Jarvakandi_vallavalitsus, lk 50
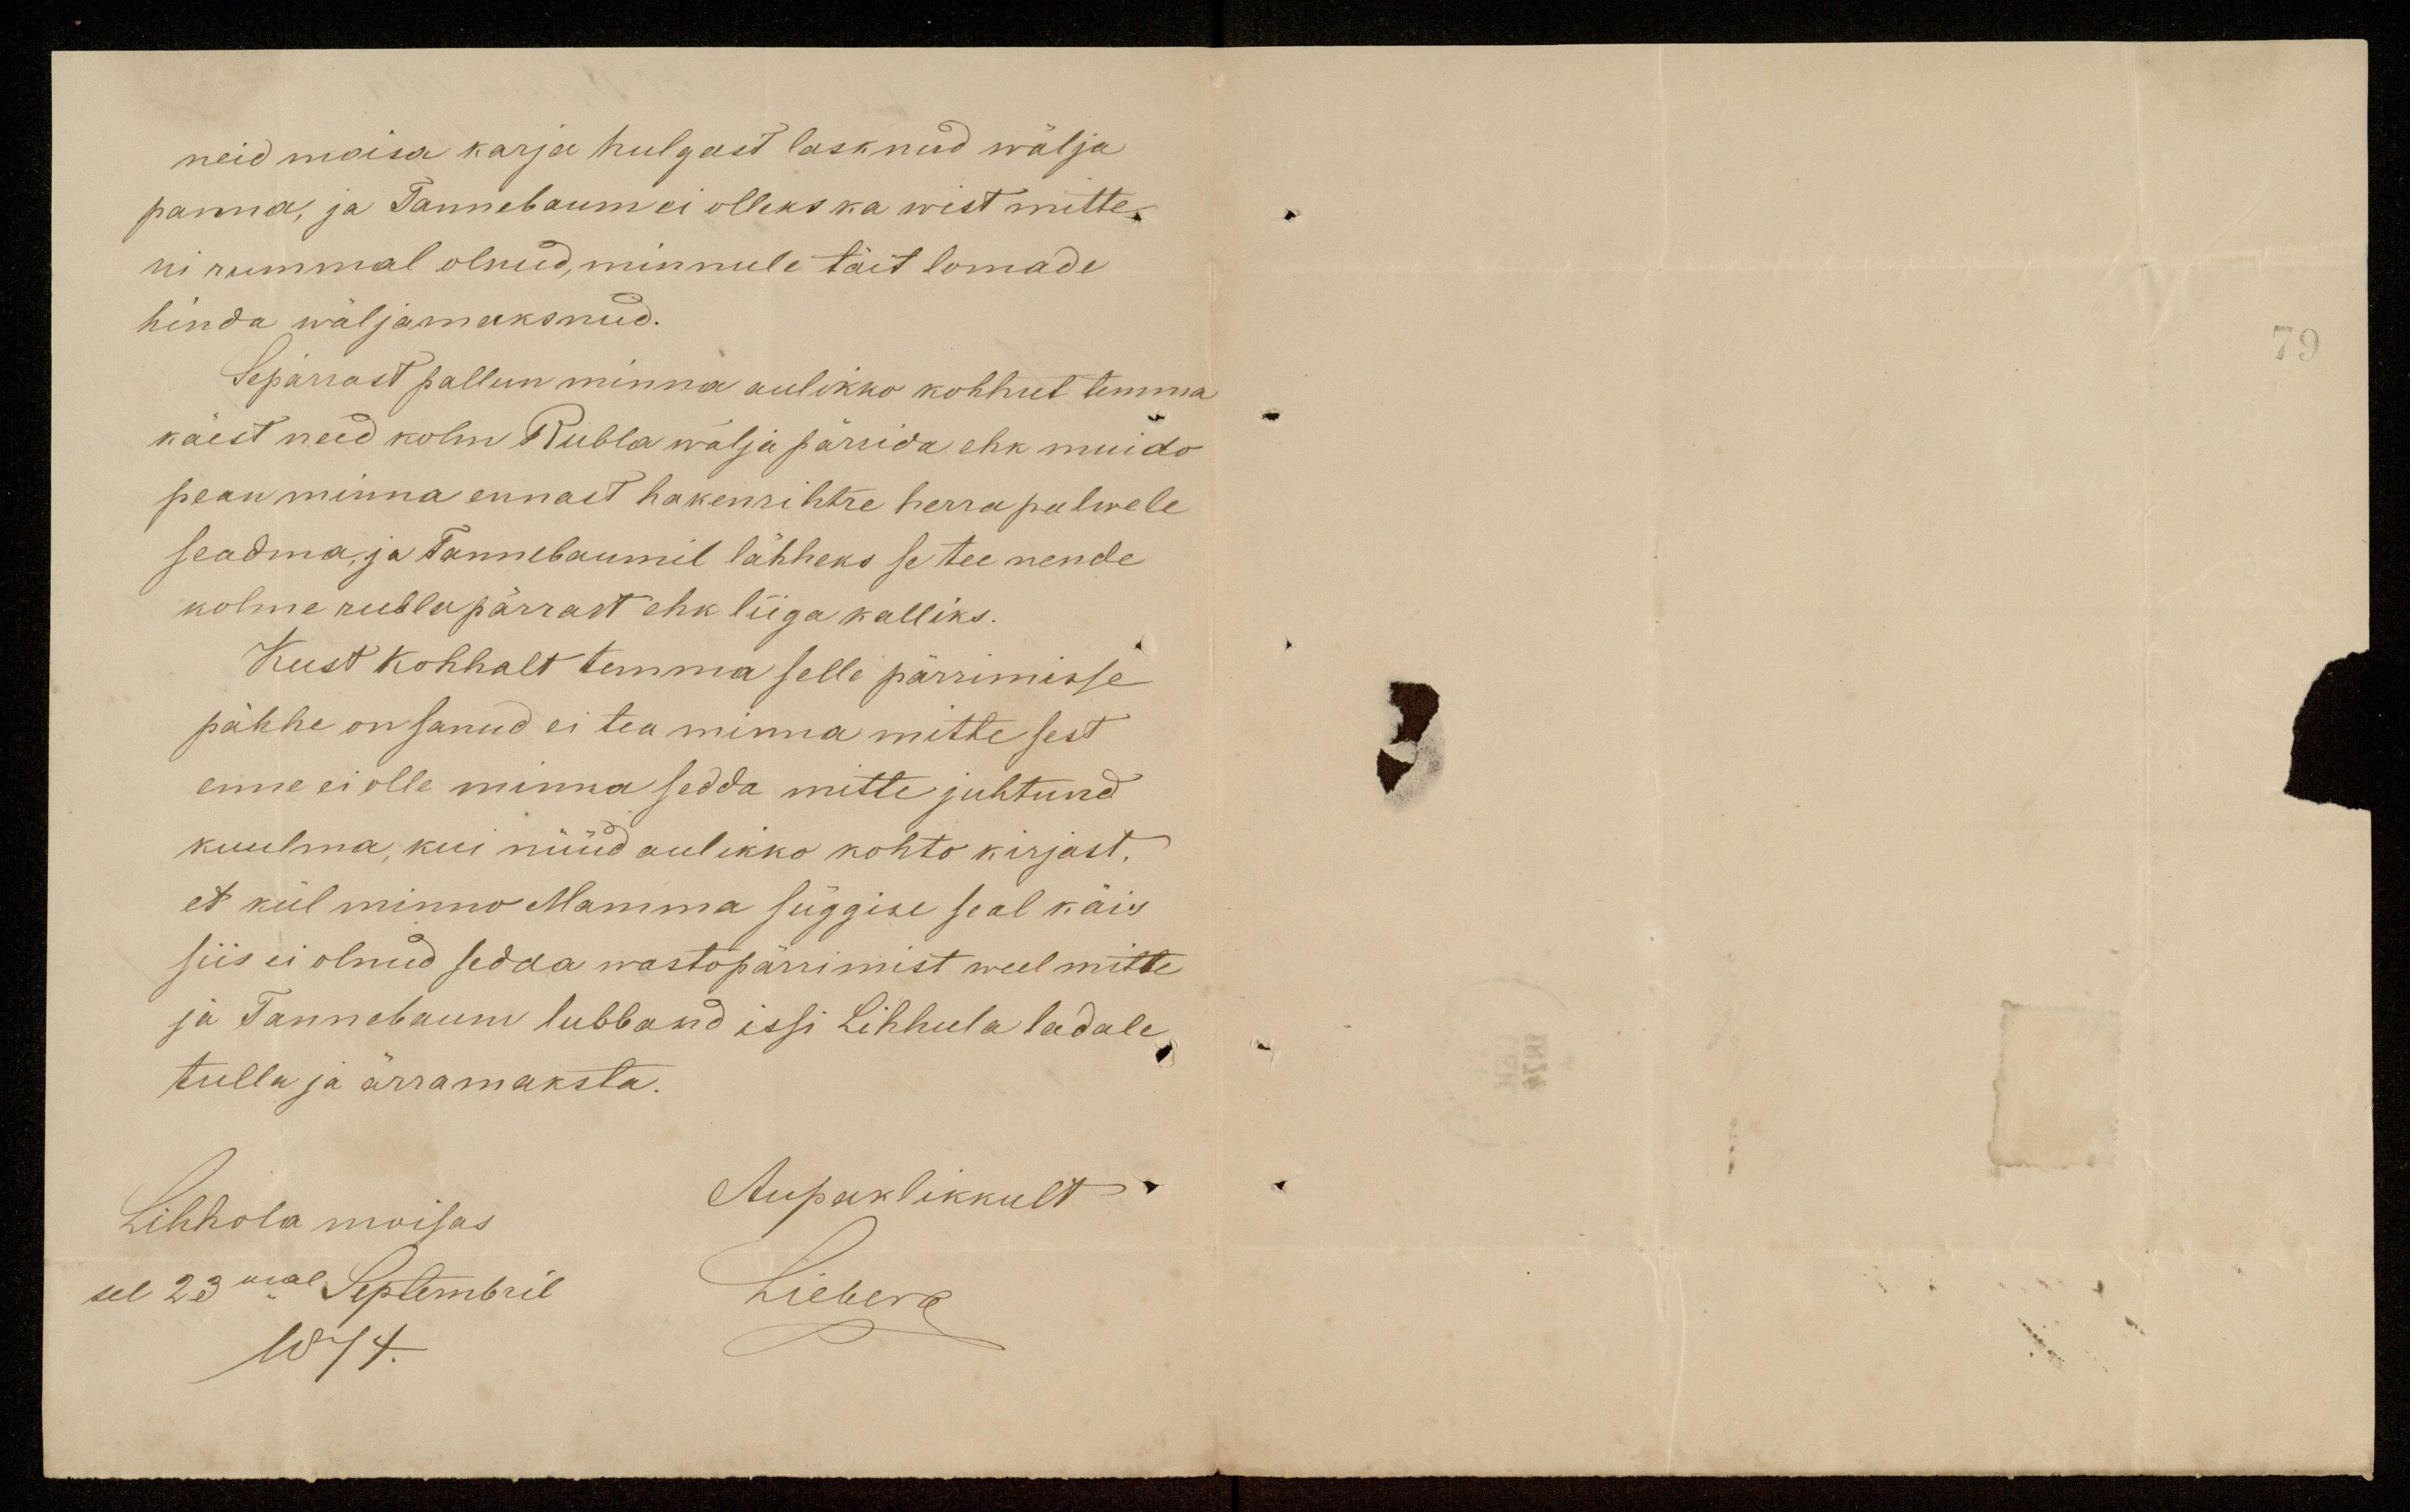
neid moisa karja hulgast lasknud wälja
panna, ja Tannebaum ei olleks ka wist mitte,
ni rummal olnud, minnule täit lomade
hinda wäljamaksnud.
Sepärrast pallun minna aulikko kohhut temma
käest need kolm Rubla wälja pärrida ehk muido
pean minna ennast hakenrihtre herra palwele
seadma ja Tannebaumil lähheks se tee nende
kolme rubla pärrast ehk liiga kalliks.
Kust kohhalt temma selle pärrimisse
pähhe on sanud ei tea minna mitte sest
enne ei olle minna sedda mitte juhtund
kuulma, kui nüüd aulikko kohto kirjast.
et kül minno Mamma süggise seal käis
siis ei olnud sedda wastopärrimist weel mitte
ja Tannebaum lubband issi Lihhula ladale
tulla ja ärra maksta.
Lihhola moisas
Aupaklikkult
sel 23mal Septembril
Lieberg
1874